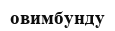
овимбунду